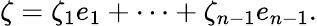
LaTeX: \zeta=\zeta_{1}e_{1}+\cdots+\zeta_{n-1}e_{n-1}.